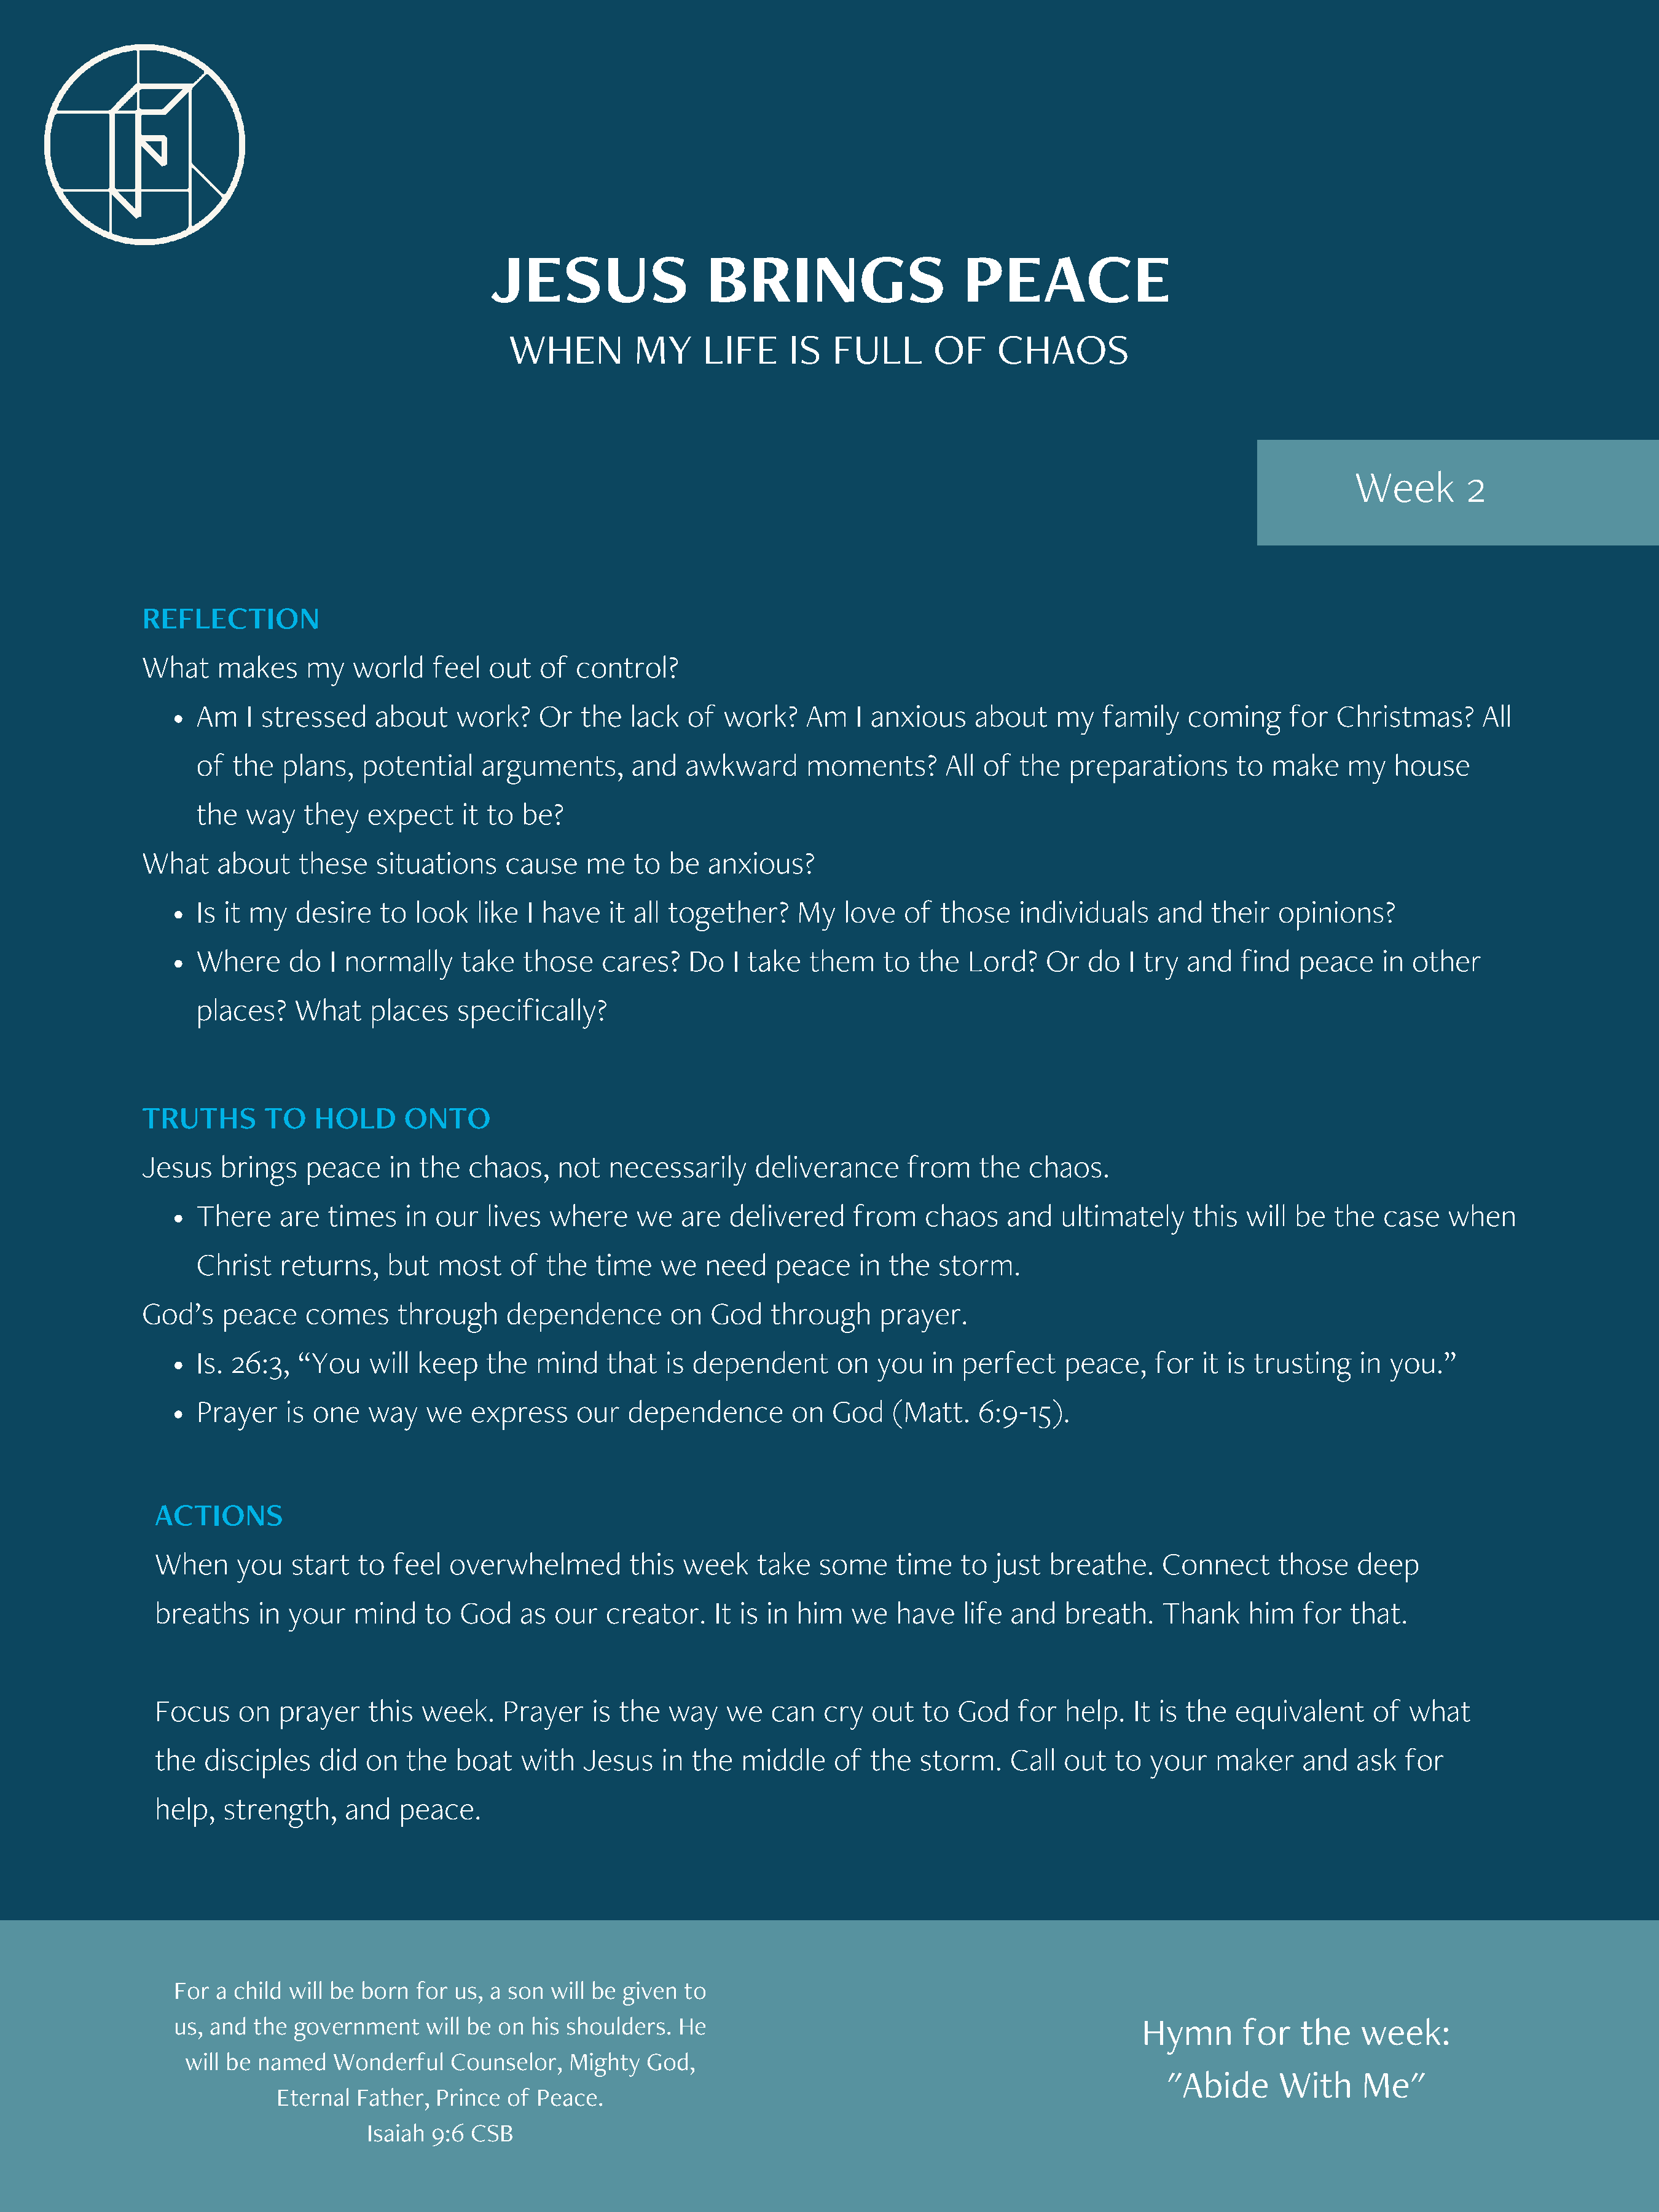
JESUS                  BRINGS                      PEACE
 WHEN         MY      LIFE     IS   FULL       OF    CHAOS
 Week        2
 REFLECTION
 What    makes     my   world    feel  out  of  control?
 Am    I stressed   about    work?    Or   the  lack  of  work?    Am   I anxious    about    my   family   coming     for  Christmas?      All
 of  the  plans,   potential    arguments,      and   awkward      moments?       All of  the  preparations      to  make    my   house
 the  way    they   expect    it to be?
 What    about    these   situations    cause    me   to  be  anxious?
 Is it my   desire   to  look  like  I have   it all together?    My   love  of  those    individuals    and  their   opinions?
 Where     do  I normally     take  those    cares?   Do   I take  them    to  the  Lord?    Or  do   I try and   find  peace    in other
 places?    What    places   specifically?
 TRUTHS       TO    HOLD      ONTO
 Jesus    brings   peace    in the  chaos,    not   necessarily    deliverance      from   the   chaos.
 There    are  times    in our  lives  where     we  are   delivered    from    chaos   and   ultimately     this will be   the  case   when
 Christ   returns,    but  most    of  the  time   we   need    peace    in the  storm.
 God’s    peace    comes     through     dependence       on   God   through     prayer.
 Is. 26:3,  “You    will keep   the   mind   that   is dependent      on  you   in  perfect    peace,   for  it is trusting   in  you.”
 Prayer    is one   way   we   express    our   dependence       on   God   (Matt.   6:9-15).
 ACTIONS
 When    you   start   to feel  overwhelmed         this  week    take  some     time  to  just  breathe.    Connect      those   deep
 breaths    in your   mind    to  God   as  our  creator.    It is in him   we   have   life and   breath.   Thank    him   for  that.
 Focus    on  prayer    this week.    Prayer    is the  way   we   can   cry  out  to  God    for  help.  It is the  equivalent     of  what
 the  disciples   did  on   the  boat   with   Jesus   in  the  middle    of  the  storm.    Call  out  to  your   maker    and   ask  for
 help,  strength,    and   peace.
 For a child will be born  for us, a son will be given  to
 us, and the  government    will be on his shoulders.  He                                                Hymn       for   the    week:
 will be named   Wonderful    Counselor,  Mighty   God,
 "Abide      With     Me"
 Eternal Father,  Prince  of Peace.
 Isaiah 9:6 CSB